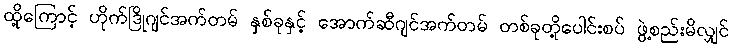
ထို့ကြောင့် ဟိုက်ဒြိုဂျင်အက်တမ် နှစ်ခုနှင့် အောက်ဆီဂျင်အက်တမ် တစ်ခုတို့ပေါင်းစပ် ဖွဲ့စည်းမိလျှင်